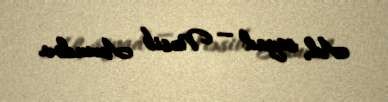
Ad, soyad — Nəsib Axundov